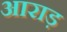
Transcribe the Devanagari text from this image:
आराड़